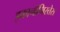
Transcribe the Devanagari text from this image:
इकानॉमिस्तेस